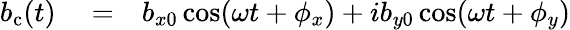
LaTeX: \begin{array}{rlr}{b_{\mathrm{c}}(t)}&{{}=}&{b_{x0}\cos(\omega t+\phi_{x})+ib_{y0}\cos(\omega t+\phi_{y})}\end{array}